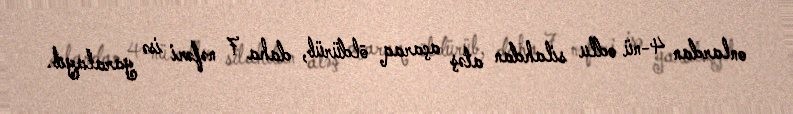
onlardan 4-nü odlu silahdan atəş açaraq öldürüb, daha 7 nəfəri isə yaralayıb.